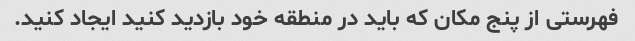
فهرستی از پنج مکان که باید در منطقه خود بازدید کنید ایجاد کنید.